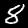
Digit: 8